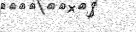
-